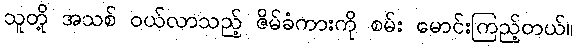
သူတို့ အသစ် ဝယ်လာသည့် ဇိမ်ခံကားကို စမ်း မောင်းကြည့်တယ်။